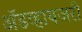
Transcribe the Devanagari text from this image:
ॲडव्हायजरी